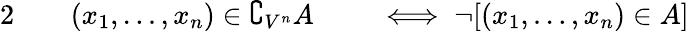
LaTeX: \begin{array}{rlrl}{{2}\quad}&{{}(x_{1},\ldots,x_{n})\in\complement_{V^{n}}A}&{}&{{}\iff\neg[(x_{1},\ldots,x_{n})\in A]}\end{array}